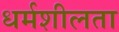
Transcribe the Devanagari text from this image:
धर्मशीलता